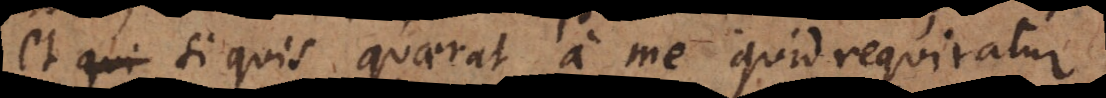
et si quis quaerat a me quid requiratur